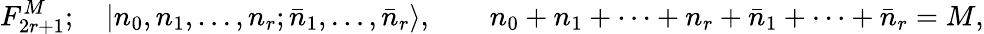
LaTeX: F_{2r+1}^{M};\quad|n_{0},n_{1},\ldots,n_{r};\bar{n}_{1},\ldots,\bar{n}_{r}\rangle,\qquad n_{0}+n_{1}+\cdots+n_{r}+\bar{n}_{1}+\cdots+\bar{n}_{r}=M,